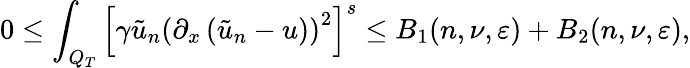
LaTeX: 0\leq\int_{Q_{T}}\left[\gamma\tilde{u}_{n}\left(\partial_{x}\left(\tilde{u}_{n}-u\right)\right)^{2}\right]^{s}\leq B_{1}(n,\nu,\varepsilon)+B_{2}(n,\nu,\varepsilon),